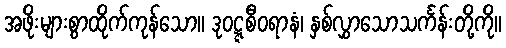
အဖိုးများစွာထိုက်ကုန်သော။ ဒုဝဋ္ဋစီဝရာနံ၊ နှစ်လွှာသောသင်္ကန်းတို့ကို။